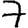
Digit: 7